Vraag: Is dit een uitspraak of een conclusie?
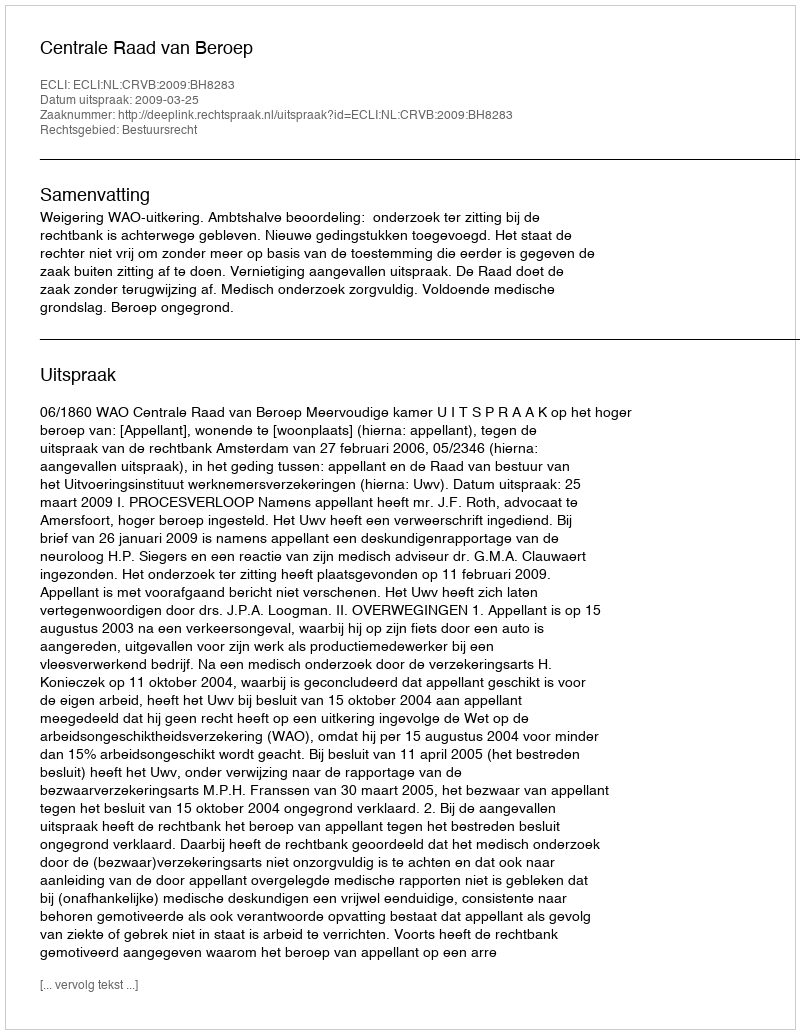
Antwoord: Uitspraak